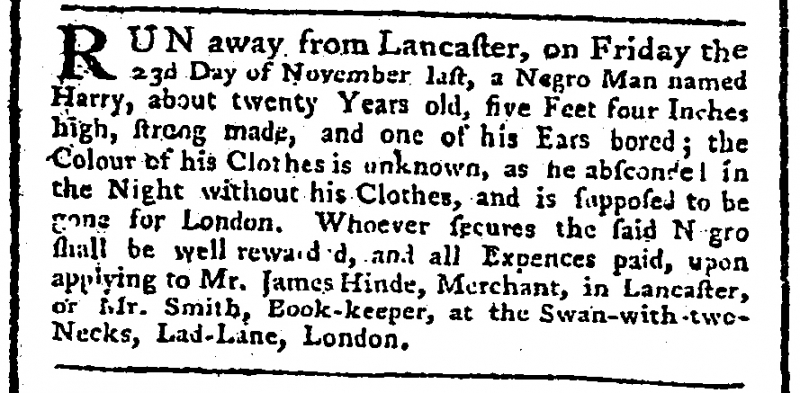
St. James's Chronicle or the British Evening Post, 6 December 1764 (England)
RUN away from Lancaster, on Friday the 23d Day of November last, a Negro Man named Harry, about twenty Years old, five Feet four Inches high, strong made, and one of his Ears bored; the Colour of his Clothes is unknown, as he absconded in the Night without his Clothes, and is supposed to be gone for London. Whoever secures the said Negro shall be well rewarded, and all Expences paid, upon applying to Mr. James Hinde, Merchant, in Lancaster, or Mr. Smith, Book-keeper, at the Swan-with-two-Necks, Lad-Lane, London.